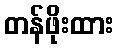
တန်ဖိုးထား